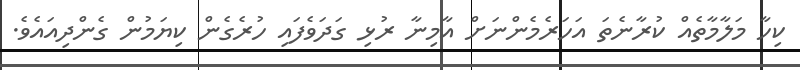
ކިހާ މަލާމާތެއް ކުރާނެތަ އަހަރެމެންނަށް އާމިނާ ރުޅި ގަދަވެފައި ހުރެގެން ކިޔަމުން ގެންދިއައެވެ.